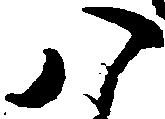
八